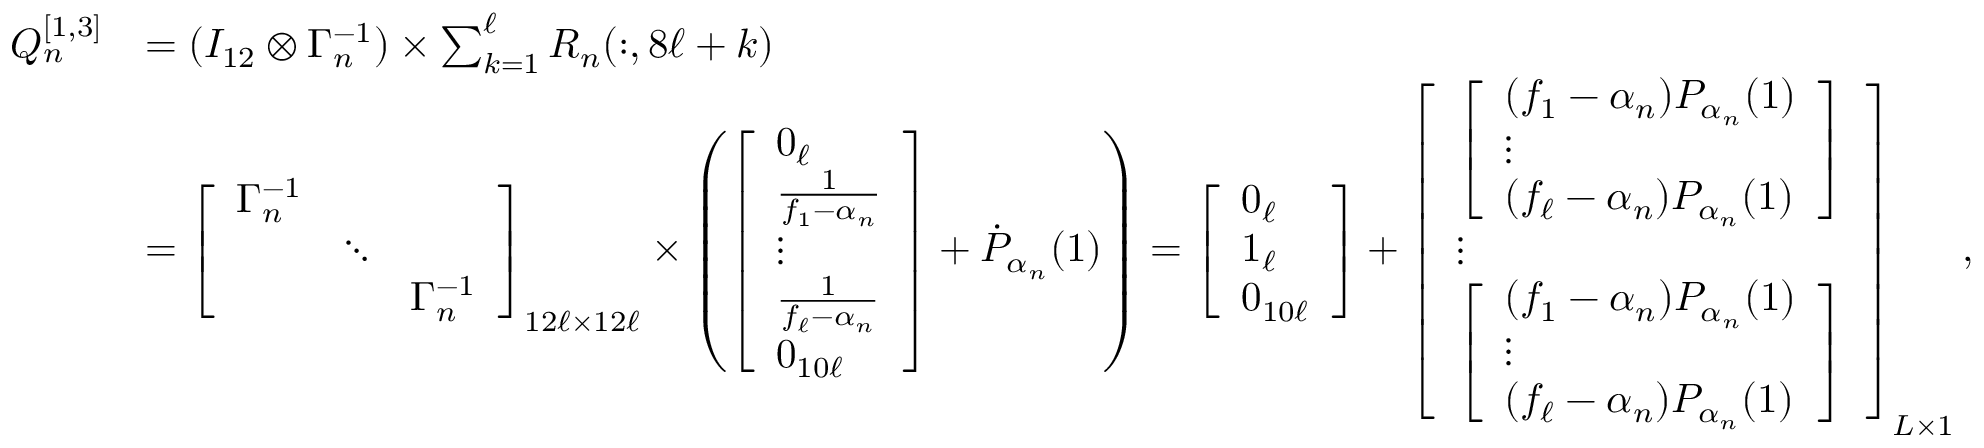
\begin{array} { r l } { Q _ { n } ^ { [ 1 , 3 ] } } & { = ( I _ { 1 2 } \otimes \Gamma _ { n } ^ { - 1 } ) \times \sum _ { k = 1 } ^ { \ell } R _ { n } ( : , 8 \ell + k ) } \\ & { = \left[ \begin{array} { l l l } { \Gamma _ { n } ^ { - 1 } } & & \\ & { \ddots } & \\ & & { \Gamma _ { n } ^ { - 1 } } \end{array} \right] _ { 1 2 \ell \times 1 2 \ell } \times \left( \left[ \begin{array} { l } { 0 _ { \ell } } \\ { \frac { 1 } { f _ { 1 } - \alpha _ { n } } } \\ { \vdots } \\ { \frac { 1 } { f _ { \ell } - \alpha _ { n } } } \\ { 0 _ { 1 0 \ell } } \end{array} \right] + \dot { P } _ { \alpha _ { n } } ( 1 ) \right) = \left[ \begin{array} { l } { 0 _ { \ell } } \\ { 1 _ { \ell } } \\ { 0 _ { 1 0 \ell } } \end{array} \right] + \left[ \begin{array} { l } { \left[ \begin{array} { l } { ( f _ { 1 } - \alpha _ { n } ) P _ { \alpha _ { n } } ( 1 ) } \\ { \vdots } \\ { ( f _ { \ell } - \alpha _ { n } ) P _ { \alpha _ { n } } ( 1 ) } \end{array} \right] } \\ { \vdots } \\ { \left[ \begin{array} { l } { ( f _ { 1 } - \alpha _ { n } ) P _ { \alpha _ { n } } ( 1 ) } \\ { \vdots } \\ { ( f _ { \ell } - \alpha _ { n } ) P _ { \alpha _ { n } } ( 1 ) } \end{array} \right] } \end{array} \right] _ { L \times 1 } , } \end{array}